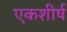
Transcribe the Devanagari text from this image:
एकशीर्ष